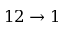
1 2 \to 1